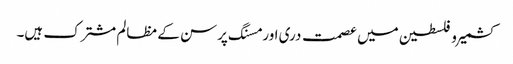
کشمیر و فلسطین میں عصمت دری اور مسنگ پرسن کے مظالم مشترک ہیں۔